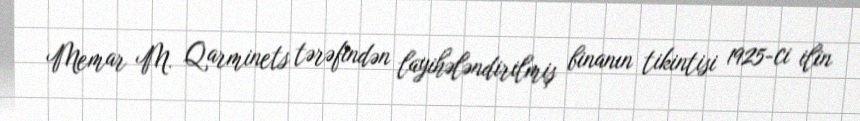
Memar M. Qarminets tərəfindən layihələndirilmiş binanın tikintisi 1925-ci ilin